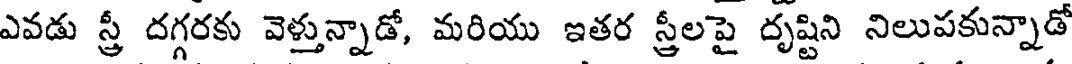
ఎవడు స్త్రీ దగ్గరకు వెళ్తున్నాడో, మరియు ఇతర స్త్రీలపై దృష్టిని నిలుపకున్నాడో